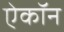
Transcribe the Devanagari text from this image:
ऐकॉन